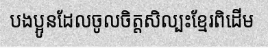
បងប្អូនដែលចូលចិត្តសិល្បះខ្មែរពិដើម